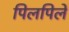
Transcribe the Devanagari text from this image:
पिलपिले